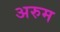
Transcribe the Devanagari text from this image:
अरुम